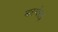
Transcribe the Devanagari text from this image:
मारग्वेराइ